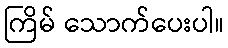
ကြိမ် သောက်ပေးပါ။